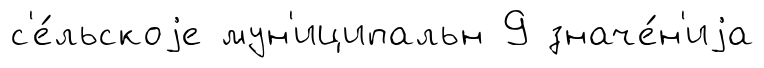
с'е́льскоjе мун'иципальн 9 значе́н'иjа